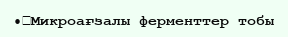
•	Микроағзалы ферменттер тобы